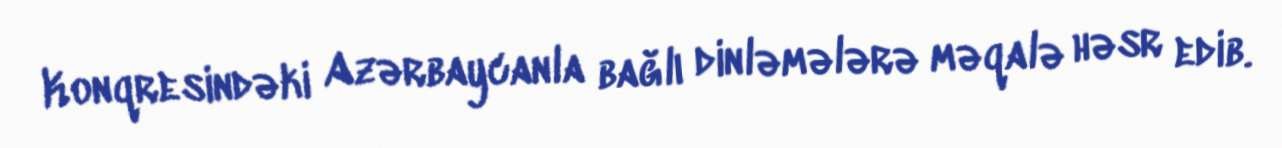
Konqresindəki Azərbaycanla bağlı dinləmələrə məqalə həsr edib.